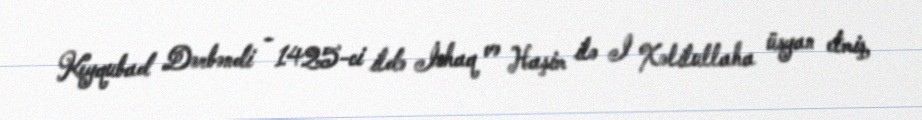
Keyqubad Dərbəndi - 1425-ci ildə İshaq və Haşim ilə I Xəlilullaha üsyan etmiş,